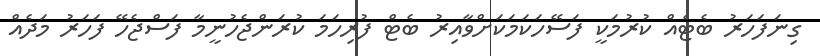
ގިނަފަހަރު ބެޓެއް ކުރުމަކީ ފަސޭހަކަމަކަށްވާއިރު ބެޓް ފުރިހަމަ ކުރަންޖެހުނީމާ ފަސްޖެހޭ ފަހަރު މަދެއް